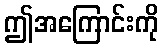
ဤအကြောင်းကို